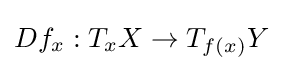
Df_{x}:T_{x}X\to T_{f(x)}Y